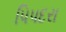
પિપદરા